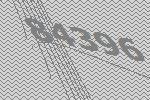
84396